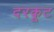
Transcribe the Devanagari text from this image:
दरकूट